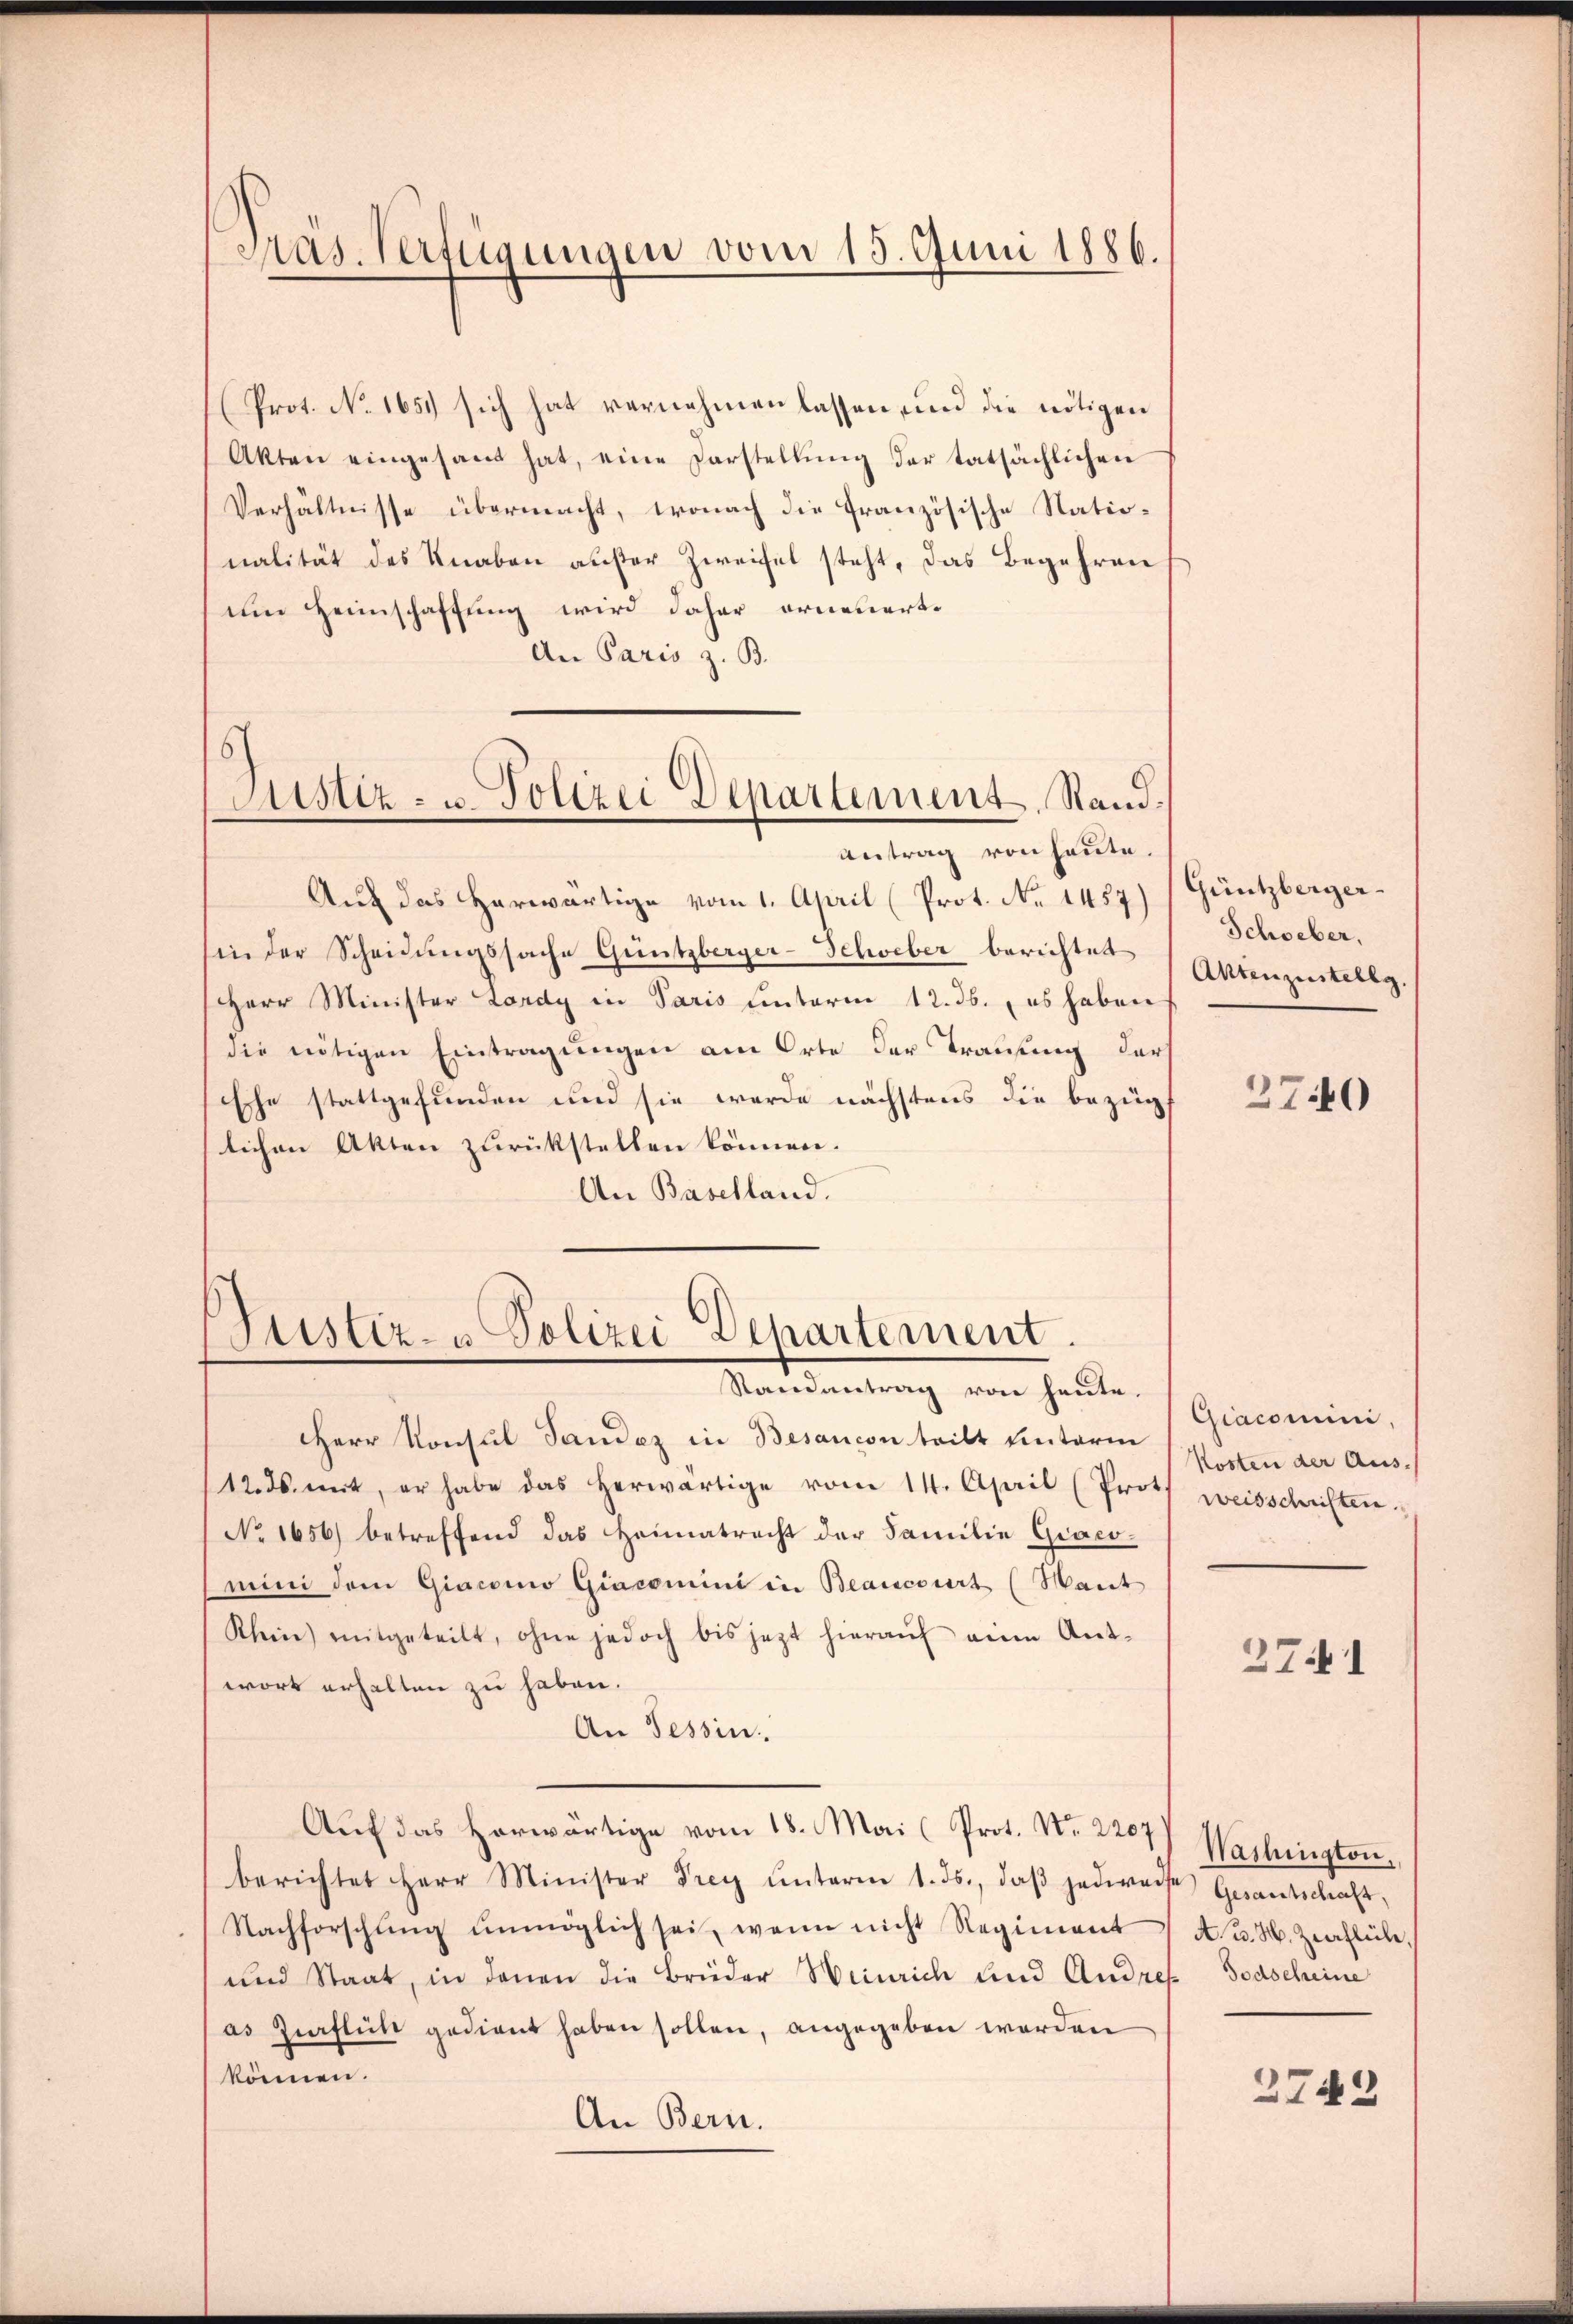
Pas. Verfügungen vom 15. Juni 1886.

Prot. No. 1651 sich hat vernehmen lassen, und die nötigen
Akten eingesamt hat, eine Darstellŭng der tatsächlichen
Verhältnisse übermacht, wonach die Französische Nationalität des Knaben außer Zweifel steht, das Begehren
um Heimschaftung wird daher orneuert.
An Paris z. B.
15
Justiz- u. Polizei Departement, Stand.

Antrag von heute.

Auf das Herwärtige vom 1. April (Prot. No 1457) (Güntzbergerhin der Scheidungssache Guntzberger-Schweber berichtet
HHerr Minister Lardy in Paris hinterm 12. ds., es haben
die nötigen Eintragungen am Orte der Trauung darf
Eche stattgefunden und sie werde nächstens die bezüglichen Akten zurückstellen können.
An Baselland.

Justiz- u Polizei Departement
Randantrag von heute.

Herr Konsul Sandez in Besancon teilt hinterm
12. ds. mit, er habe das herwärtige vom 14. April (Proth weisschriften
No 1656) betreffend das Heimatracht der Familie Giaco-
mini dem Giacono Giacomini in Beancourt (Maut
Klein mitgeteilt, ohne jedoch bis jetzt hieraŭf eine Ant-
wort erhalten zu haben.
An Tessin.
Auf das Horwärtige vom 18. Mai (Prot. No. 2207
berichtet Herr Minister Frey ŭnterm 1. ds., daβ jederars Gesantschaft,
Nachforschung unmöglich sei, wenn nicht Regiment
und Staat, in denen die Brüder Heinrich und Andres Todscheine
as Zieflich gedient haben sollen, angegeben werden
können.
An Bern.

Schweber,
Antenzustellg.

2740

Giacomini,
Kosten der Aus-

2741

Washington,
A. B. H. Zeichleibe.

2742